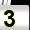
Digit: 3